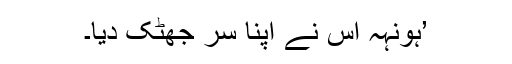
’ہونہہ اس نے اپنا سر جھٹک دیا۔